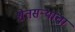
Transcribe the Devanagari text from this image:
शेतसऱ्याचा